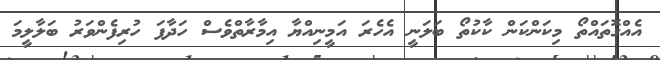
އެއްގޮތައްތޯ މިކަންކަން ކާކުތޯ ބަލަނީ އެހެރަ އަމީނިއްޔާ އިިމާރާތްވެސް ހަދާފަ ހުރިފެންވަރު ބަލާލީމަ